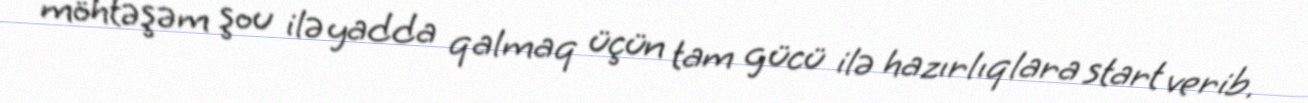
möhtəşəm şou ilə yadda qalmaq üçün tam gücü ilə hazırlıqlara start verib.